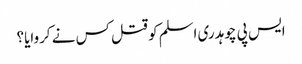
ایس پی چوہدری اسلم کو قتل کس نے کروایا؟